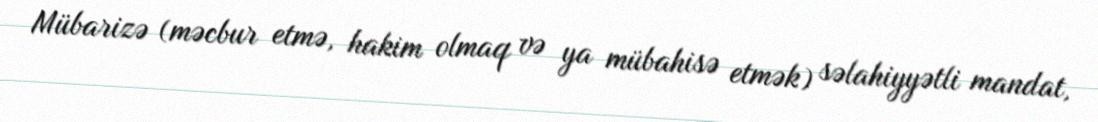
Mübarizə (məcbur etmə, hakim olmaq və ya mübahisə etmək) səlahiyyətli mandat,